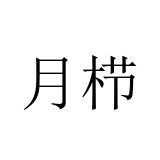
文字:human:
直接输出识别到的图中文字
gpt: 月栉